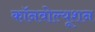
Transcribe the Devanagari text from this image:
कॉनवोल्यूशन